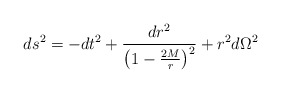
\begin{align*}ds^{2} = -dt^{2} + \frac{dr^{2}}{\left ( 1 - \frac{2M}{r} \right )^{2}}+ r^{2}d\Omega^{2}\end{align*}